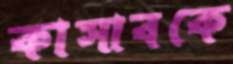
কাসাবকে